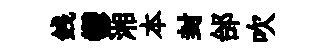
銭鬱湘本封邰吹